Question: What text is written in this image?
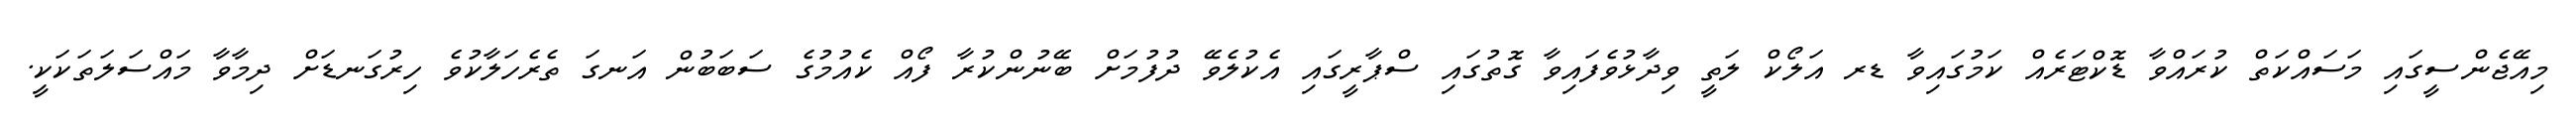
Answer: މިއޭޖެންސީގައި މަސައްކަތް ކުރައްވާ ޑޮކްޓަރެއް ކަމުގައިވާ ޑރ އަލޯކް ލަތީ ވިދާޅުވެފައިވާ ގޮތުގައި ސްޕާރީގައި އެކުލެވޭ ދުފުމަށް ބޭނުންކުރާ ފޯއް ކެއުމުގެ ސަބަބުން އަނގަ ތެރެހަލާކުވެ ހިރުގަނޑަށް ދިމާވާ މައްސަލަތަކަކީ.